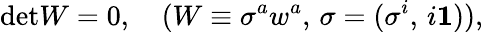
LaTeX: \mathrm{det}W=0,\quad(W\equiv\sigma^{a}w^{a},\, \sigma=(\sigma^{i},\, i{\mathbf 1})),